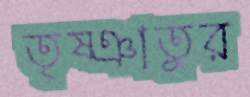
তৃষ্ঞাতুর